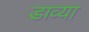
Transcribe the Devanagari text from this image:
डाव्‍या